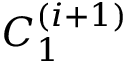
C _ { 1 } ^ { ( i + 1 ) }